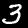
Label: 3